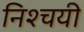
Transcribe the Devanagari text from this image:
निश्‍चयी